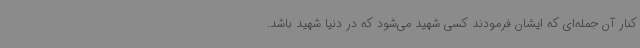
کنار آن جمله‌ای که ایشان فرمودند کسی شهید می‌شود که در دنیا شهید باشد.